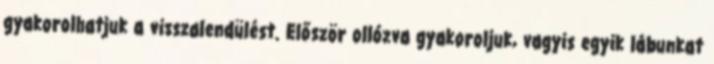
gyakorolhatjuk a visszalendülést. Először ollózva gyakoroljuk, vagyis egyik lábunkat